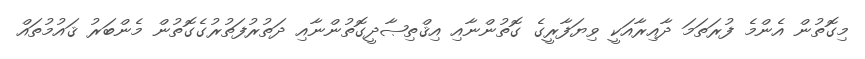
މިގޮތުން އެންމެ ފުރަތަމަ ދާއިރާއަކީ ވިޔަފާރީގެ ގޮތުންނާއި އިޤްތިޞާދީގޮތުންނާއި ދަތުރުފަތުރުގެގޮތުން މެންބަރު ޤައުމުތައް